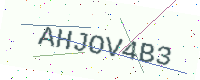
Text: AHJOV4B3